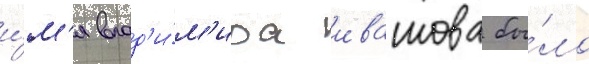
и́м'я влад'и́м'ира ивашова бы́ло